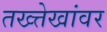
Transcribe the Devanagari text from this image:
तख्त्तेखांवर